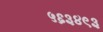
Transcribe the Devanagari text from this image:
५६३४९३